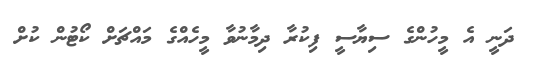
ދަނީ އެ މީހުންގެ ސިޔާސީ ފިކުރާ ދިމާނުވާ މީހެއްގެ މައްޗަށް ކޯޓުން ކުށް